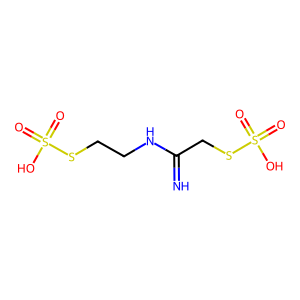
SMILES: N=C(CSS(=O)(=O)O)NCCSS(=O)(=O)O
Inhibits HIV replication: No